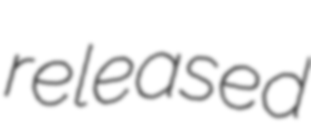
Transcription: released